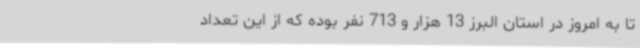
تا به امروز در استان البرز 13 هزار و 713 نفر بوده که از این تعداد